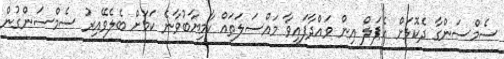
ސެމްސަންގާ ދެކޮޅަށް އެޕަލް އިން ވައްދާފައިވާ މައްސަލަތައް ކާމިޔާބުވާނެ ކަމަށް ބެލެވޭއިރު ސެމްސަންގުން